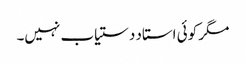
مگر کوئی استاد دستیاب نہیں۔